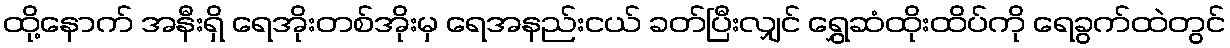
ထို့နောက် အနီးရှိ ရေအိုးတစ်အိုးမှ ရေအနည်းငယ် ခတ်ပြီးလျှင် ရွှေဆံထိုးထိပ်ကို ရေခွက်ထဲတွင်